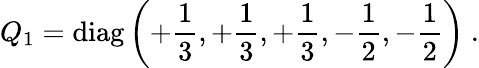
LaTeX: Q_{1}=\mathrm{diag}\left(+{\frac{1}{3}},+{\frac{1}{3}},+{\frac{1}{3}},-{\frac{1}{2}},-{\frac{1}{2}}\right)\ .